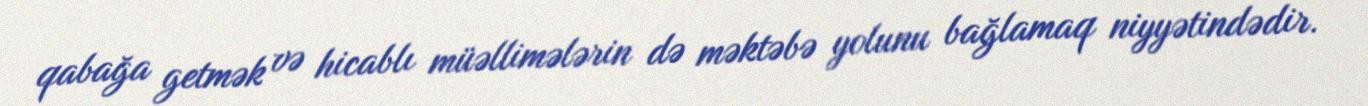
qabağa getmək və hicablı müəllimələrin də məktəbə yolunu bağlamaq niyyətindədir.